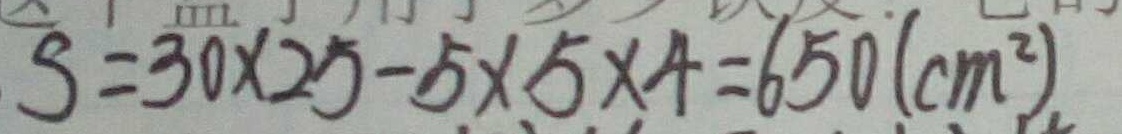
S = 3 0 \times 2 5 - 5 \times 5 \times 4 = 6 5 0 ( c m ) ^ { 2 }